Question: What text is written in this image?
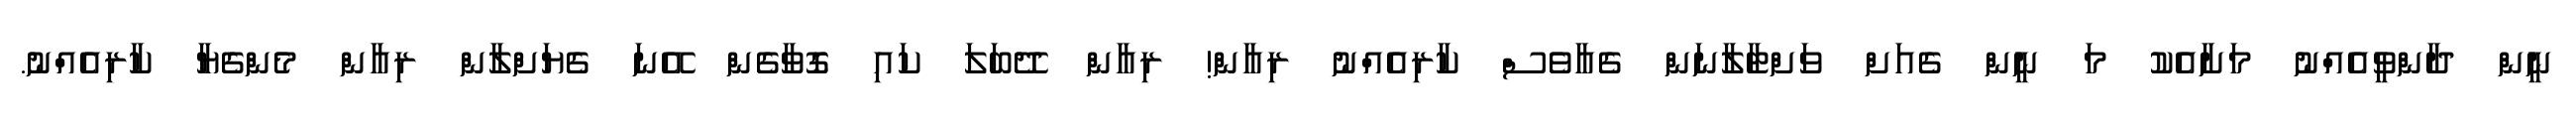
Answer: ނީން ދާންވީއެއްނު މަށާއެކު މަ ނީން ގެއަށް ވަށްޓާލާނަން ގެއާވެސް ކާރިއެއްނު ރިއާން! ރިއާން ދޭބަލަ ކައި ގޮވާގެން އޭނަ ގެޔަށްލާން ރިއާން މެންގެޔާ ކާރިއެއްނު.